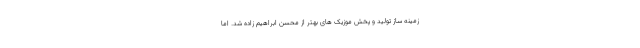
زمینه ساز تولید و پخش موزیک های بهتر از محسن ابراهیم زاده شد. اما